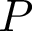
{ \cal P }